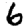
Digit: 6